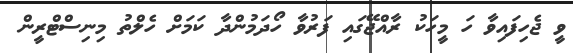
ވީ ޖެހިފައިވާ ހަ މީހަކު ރާއްޖޭގައި ފަރުވާ ހޯދަމުންދާ ކަމަށް ހެލްތު މިނިސްޓްރީން